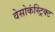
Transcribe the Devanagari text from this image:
वेसोकंस्ट्रिक्ट